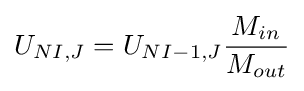
U_{NI,J}=U_{NI-1,J}{\frac {M_{in}}{M_{out}}}